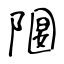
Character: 隁